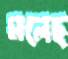
মলেছ